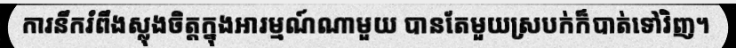
ការនឹករំពឹងស្លុងចិត្តក្នុងអារម្មណ៍ណាមួយ បានតែមួយស្របក់ក៏បាត់ទៅវិញ។